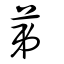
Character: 苐